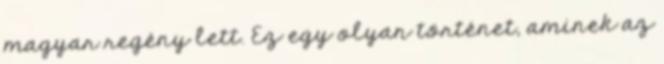
magyar regény lett. Ez egy olyan történet, aminek az